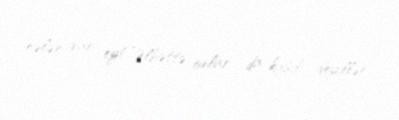
nələr var ey!”Əlbəttə, onlar da kasıb deyillər.